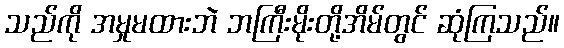
သည်ကို အမှုမထားဘဲ ဘကြီးမိုးတို့အိမ်တွင် ဆုံကြသည်။